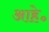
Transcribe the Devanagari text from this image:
आहे॰